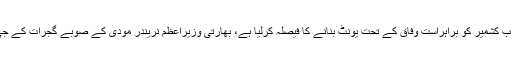
بھارت نے مقبوضہ کشمیر کے لوگوں کو مستقل قیدی بنانے کے لیے اب کشمیر کو براہراست وفاق کے تحت یونٹ بنانے کا فیصلہ کرلیا ہے، بھارتی وزیراعظم نریندر مودی کے صوبے گجرات کے جی سی مرموجی کو مقبوضہ کشمیر کا پہلا گورنر جنرل بنایا جارہا ہے۔